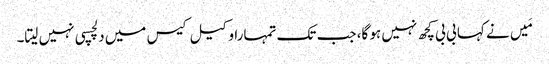
مَیں نے کہا بی بی کچھ نہیں ہو گا، جب تک تمہارا وکیل کیس میں دلچسپی نہیں لیتا۔